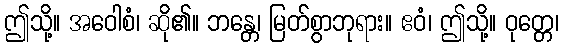
ဤသို့။ အဝေါစံ၊ ဆို၏။ ဘန္တေ၊ မြတ်စွာဘုရား။ ဧဝံ၊ ဤသို့။ ဝုတ္တေ၊